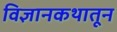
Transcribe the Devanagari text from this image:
विज्ञानकथातून